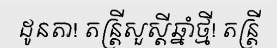
ដូនតា! តន្ត្រីសួស្តីឆ្នាំថ្មី! តន្ត្រី